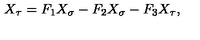
X _ { \tau } = F _ { 1 } X _ { \sigma } - F _ { 2 } X _ { \sigma } - F _ { 3 } X _ { \tau } ,